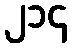
၂၁၄